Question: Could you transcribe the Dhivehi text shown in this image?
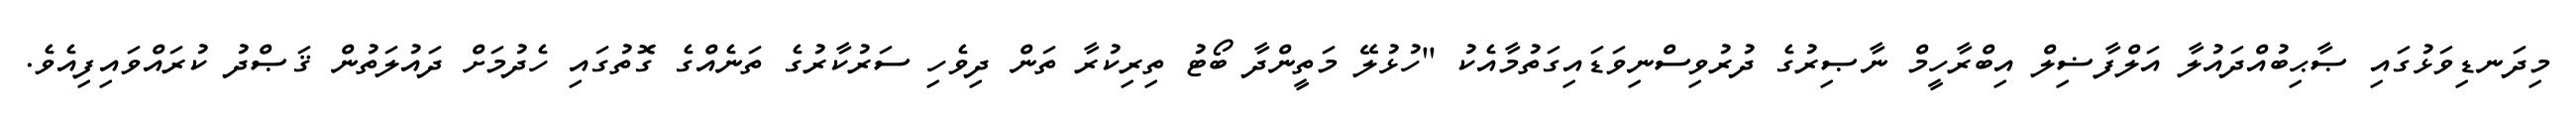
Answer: މިދަނޑިވަޅުގައި ޞާޙިބުއްދައުލާ އަލްފާޟިލް އިބްރާހީމް ނާޞިރުގެ ދުރުވިސްނިވަޑައިގަތުމާއެކު "ހުޅުލޭ މަތީންދާ ބޯޓު ތިރިކުރާ ތަން ދިވެހި ސަރުކާރުގެ ތަނެއްގެ ގޮތުގައި ހެދުމަށް ދައުލަތުން ޤަޞްދު ކުރައްވައިފިއެވެ.